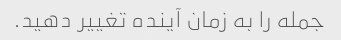
جمله را به زمان آینده تغییر دهید.